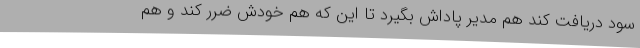
سود دریافت کند هم مدیر پاداش بگیرد تا این که هم خودش ضرر کند و هم